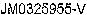
JM0326955-V